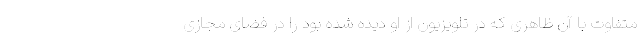
متفاوت با آن ظاهری که در تلویزیون از او دیده شده بود را در فضای مجازی